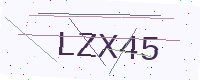
Text: LZX45